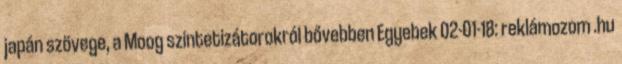
japán szövege, a Moog szintetizátorokról bővebben Egyebek 02-01-18: reklámozom .hu